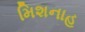
મિશનાહ